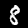
Label: 8